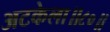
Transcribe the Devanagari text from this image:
अटकेला॥८०॥